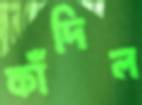
কাঁদিল